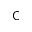
\mathsf { C }